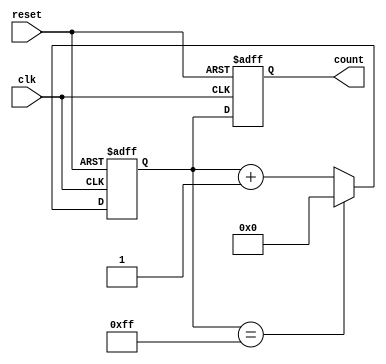
module cascaded_counter(
  input clk,
  input reset,
  
  output reg [7:0] count // Assuming 8-bit counters
);

reg [7:0] counter1, counter2, counter3;

always @(posedge clk or posedge reset) begin
  if (reset) begin
    counter1 <= 8'b0;
    counter2 <= 8'b0;
    counter3 <= 8'b0;
    count <= 8'b0;
  end else begin
    if (counter1 == 8'd255) begin
      counter1 <= 8'b0;
      if (counter2 == 8'd255) begin
        counter2 <= 8'b0;
        counter3 <= counter3 + 8'd1;
      end else begin
        counter2 <= counter2 + 8'd1;
      end
    end else begin
      counter1 <= counter1 + 8'd1;
    end
    count <= {counter3, counter2, counter1};
  end
end

endmodule